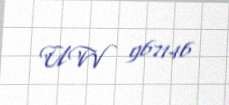
UW 967146